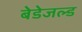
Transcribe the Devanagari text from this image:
बेडेजल्ड